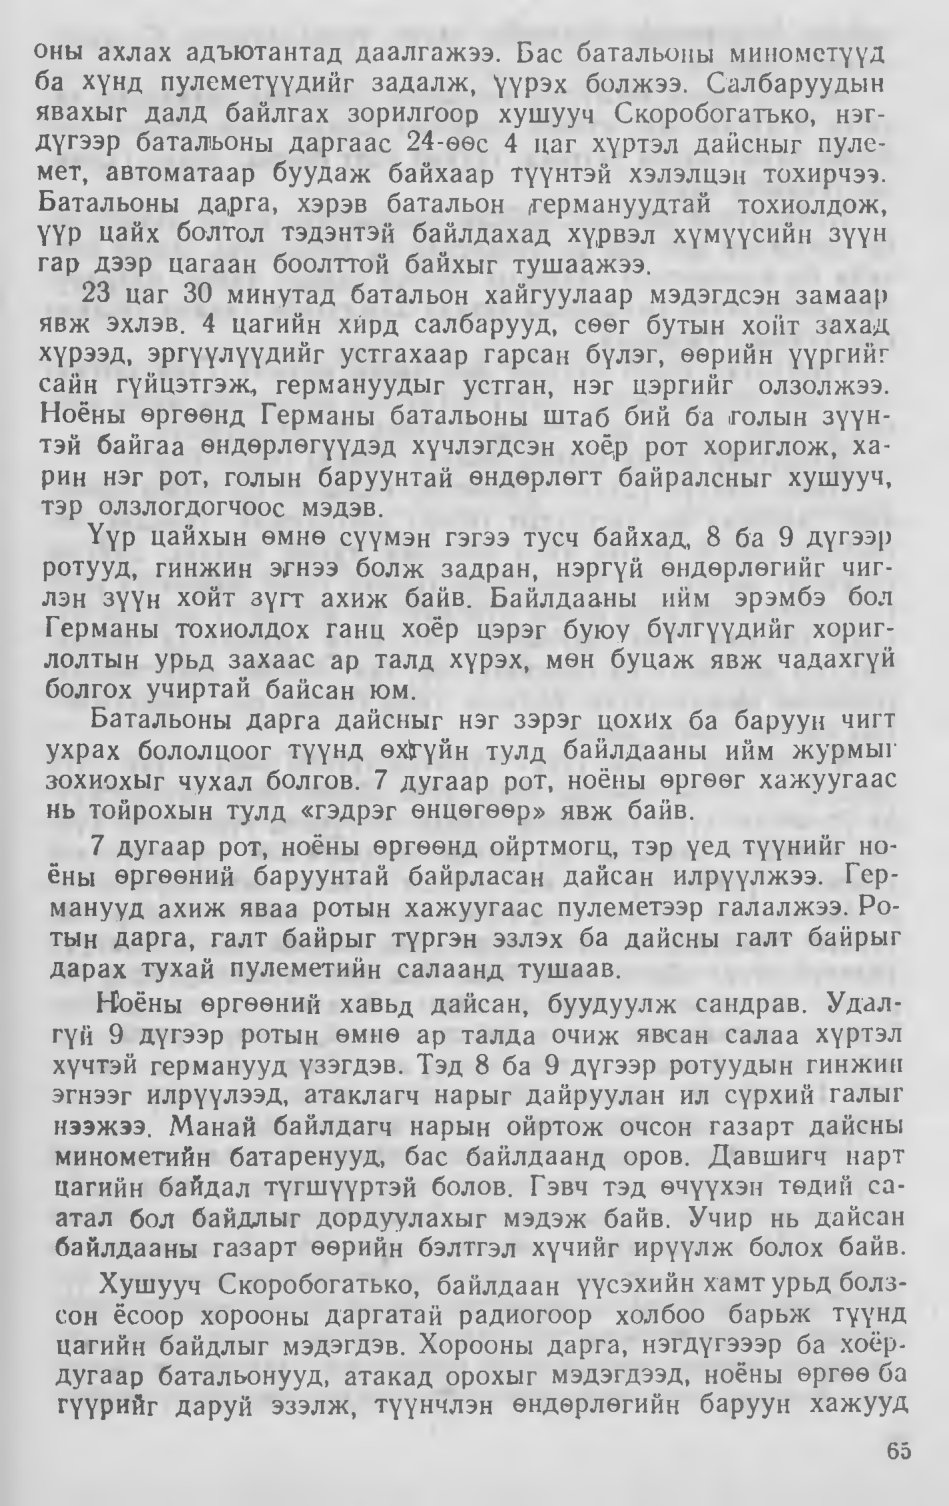
Language: mn